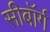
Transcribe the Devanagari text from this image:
सीबॉर्ग